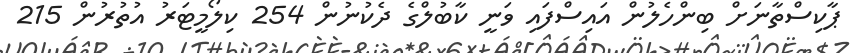
ޕާކިސްތާނަށް ބިންހެލުން އައިސްފައި ވަނީ ކާބުލްގެ ދެކުނުން 254 ކިލޯމީޓަރު އުތުރުން 215